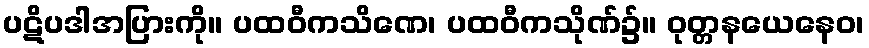
ပဋိပဒါအပြားကို။ ပထဝီကသိဏေ၊ ပထဝီကသိုဏ်၌။ ဝုတ္တနယေနေဝ၊